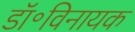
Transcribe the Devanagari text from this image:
डॉ॰विनायक